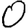
Digit: 0